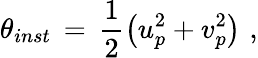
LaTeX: \theta_{inst}\, =\, \frac{1}{2}\left(u_{p}^{2}+v_{p}^{2}\right)\, \, ,